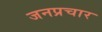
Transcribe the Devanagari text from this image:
जनप्रचार